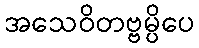
အသေဝိတဗ္ဗမ္ပိပေ